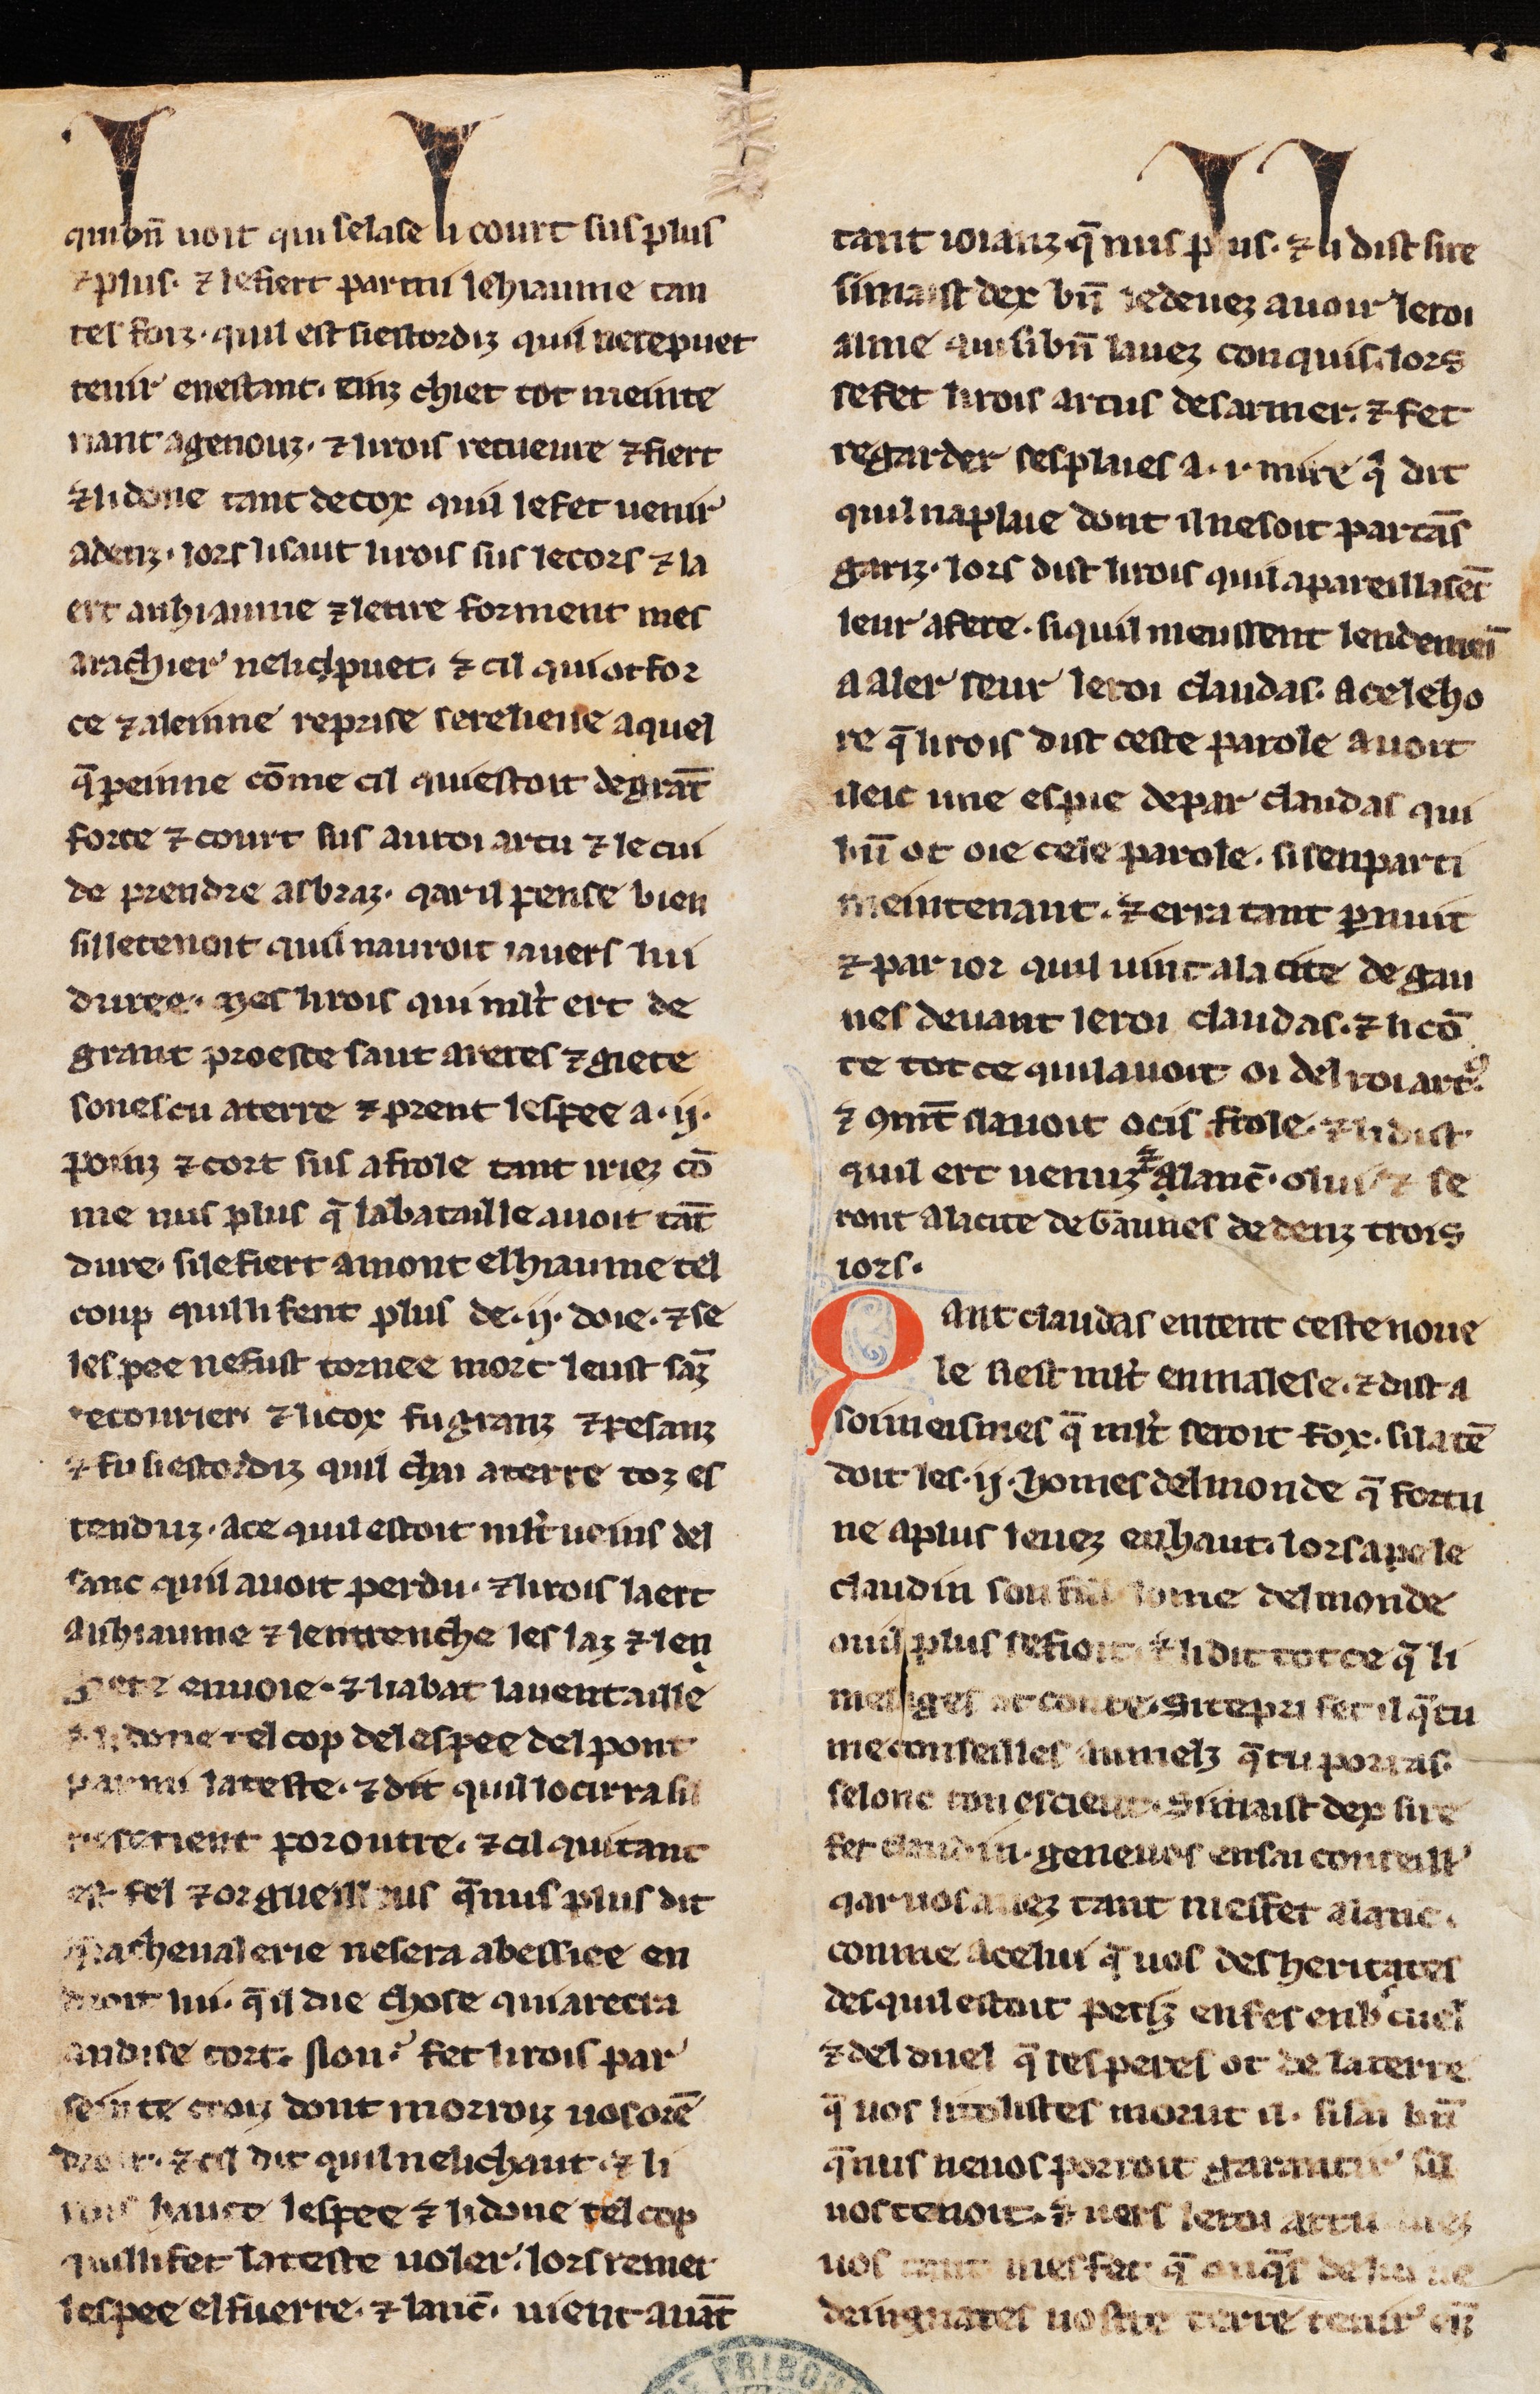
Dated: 1275–1299